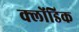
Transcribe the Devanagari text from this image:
क्लोंडिक